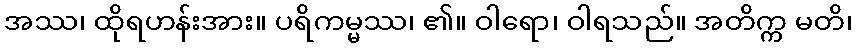
အဿ၊ ထိုရဟန်းအား။ ပရိကမ္မဿ၊ ၏။ ဝါရော၊ ဝါရသည်။ အတိက္က မတိ၊